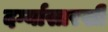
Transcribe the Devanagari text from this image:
दर्ग्यासारखी